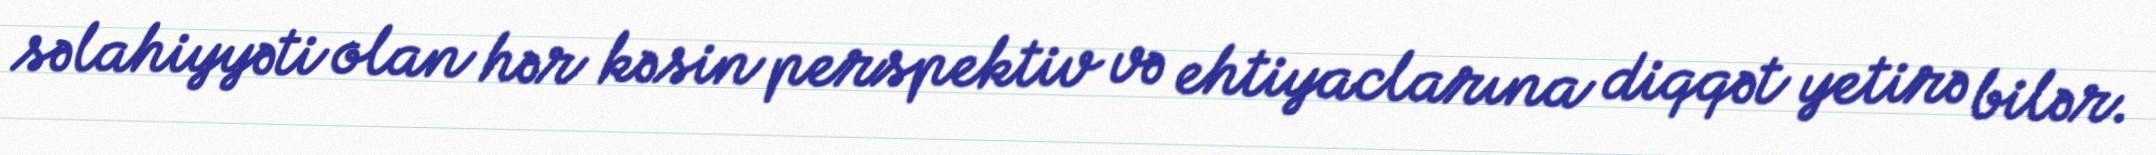
səlahiyyəti olan hər kəsin perspektiv və ehtiyaclarına diqqət yetirə bilər.